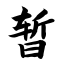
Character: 暂